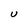
Character: U